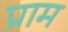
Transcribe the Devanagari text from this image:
प्राम